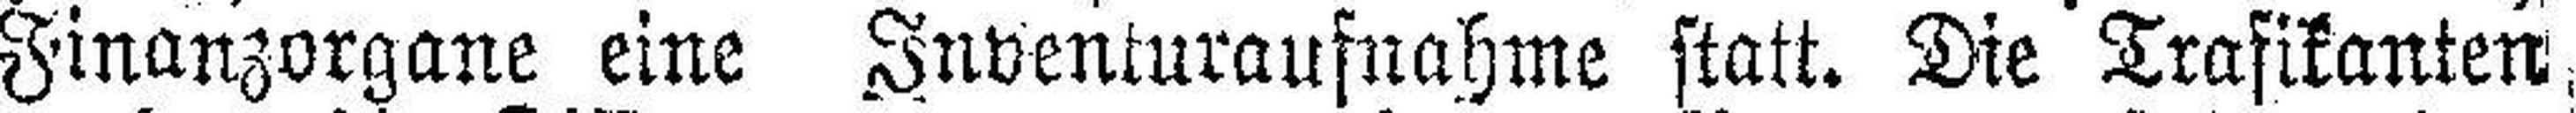
Finanzorgane eine Inventuraufnahme statt. Die Trafikanten